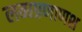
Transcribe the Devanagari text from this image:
लब्धप्रणाणश